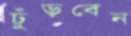
ঢুঁড়বেন